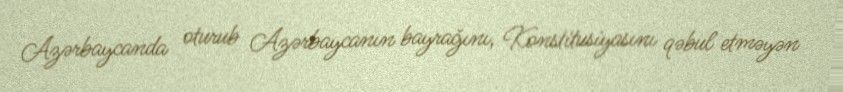
Azərbaycanda oturub Azərbaycanın bayrağını, Konstitusiyasını qəbul etməyən